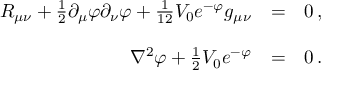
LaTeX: \begin{array} { r c l } { { R _ { \mu \nu } + \frac { 1 } { 2 } \partial _ { \mu } \varphi \partial _ { \nu } \varphi + \frac { 1 } { 1 2 } { \cal V } _ { 0 } e ^ { - \varphi } g _ { \mu \nu } } } & { { = } } & { { 0 \, , } } \\ { { } } & { { } } & { { } } \\ { { \nabla ^ { 2 } \varphi + \frac { 1 } { 2 } { \cal V } _ { 0 } e ^ { - \varphi } } } & { { = } } & { { 0 \, . } } \end{array}